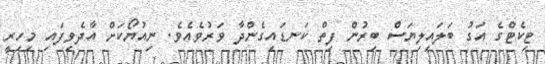
ޓިކެޓްގެ އަގު ބަލައިލިޔަސް ބިރުން ފިތް ކަނޑައިގެންދާ ވަރުވެއެވެ. ނިއުޔޯކަށް އާދެވިފައި މިހިރީ